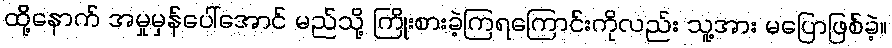
ထို့နောက် အမှုမှန်ပေါ်အောင် မည်သို့ ကြိုးစားခဲ့ကြရကြောင်းကိုလည်း သူ့အား မပြောဖြစ်ခဲ့။